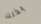
بذلك